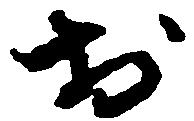
於